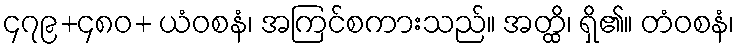
၄၇၉+၄၈၀+ ယံဝစနံ၊ အကြင်စကားသည်။ အတ္ထိ၊ ရှိ၏။ တံဝစနံ၊